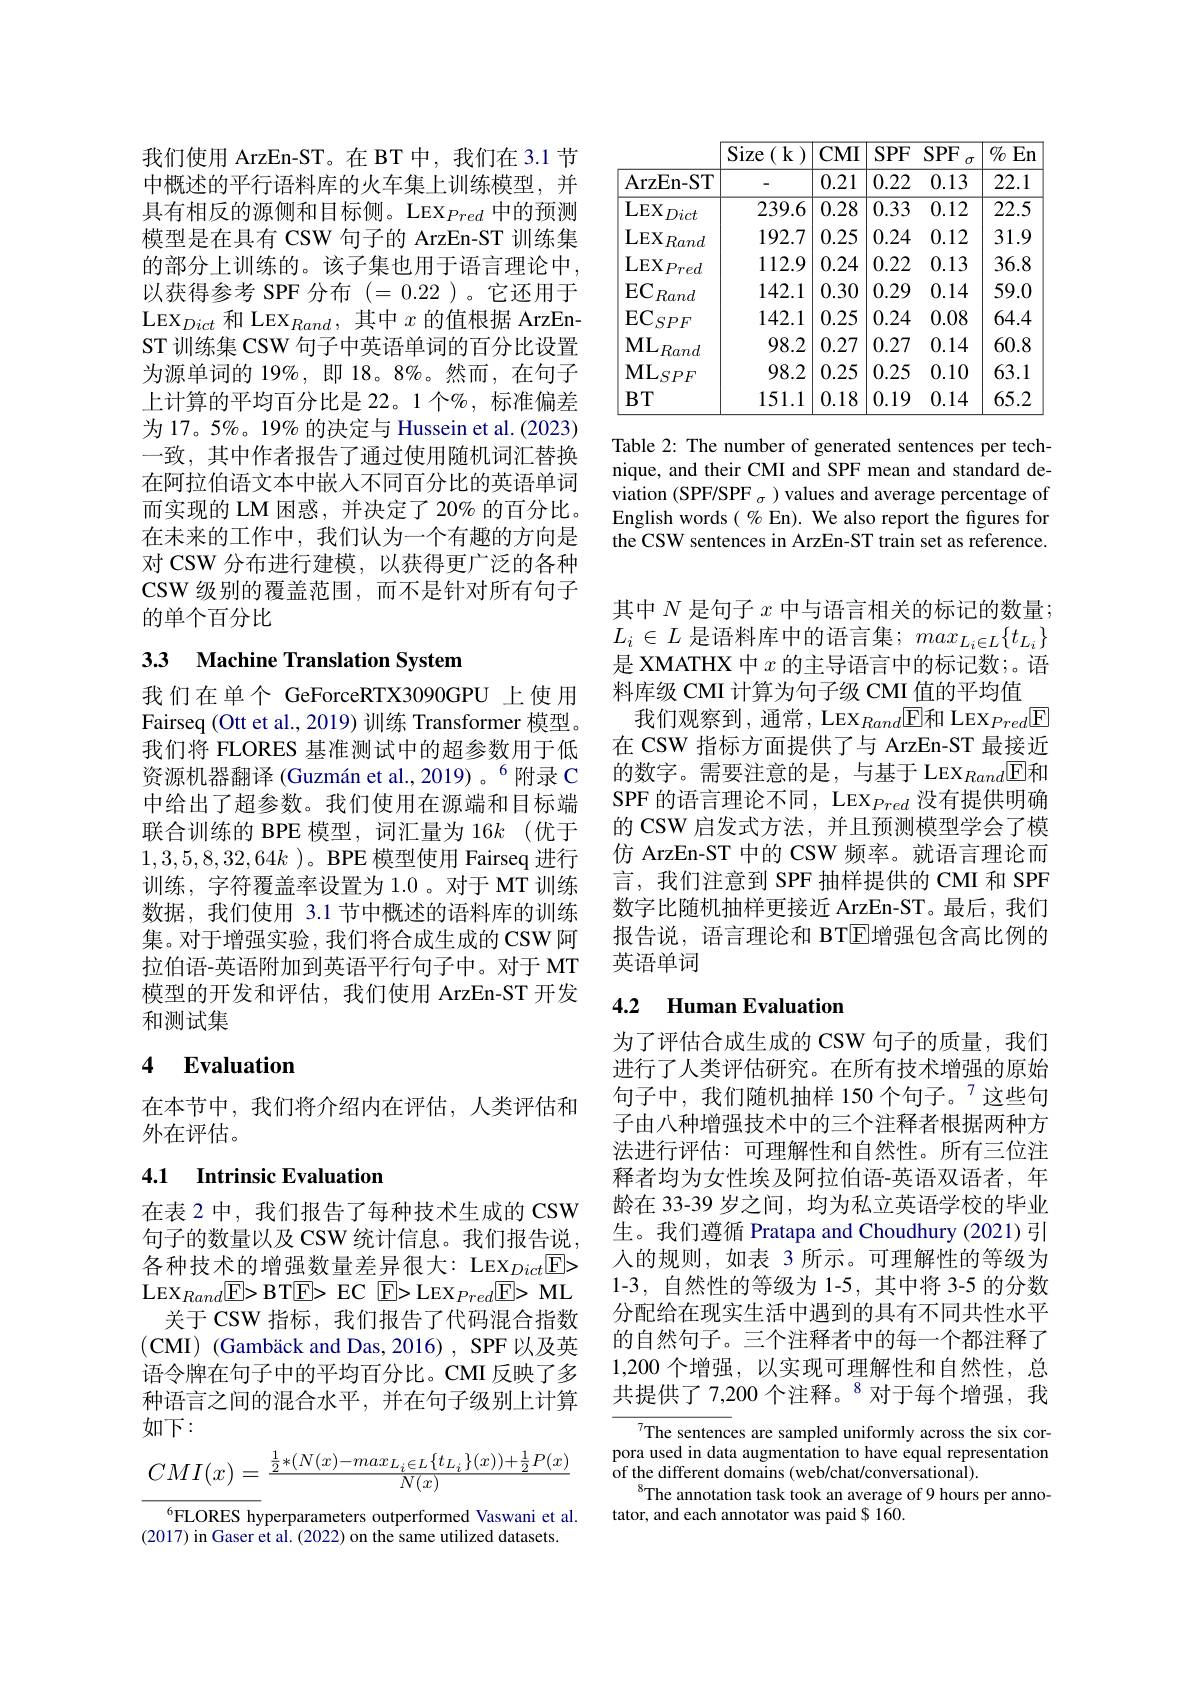
我们使用 ArzEn-ST。在 BT 中，我们在 3.1 节中概述的平行语料库的火车集上训练模型，并具有相反的源侧和目标侧。LEX$_Pred$中的预测模型是在具有 CSW 句子的 ArzEn-ST 训练集的部分上训练的。该子集也用于语言理论中， 以获得参考 SPF 分布(=0.22 )。它还用于$\mathrm{LEX}_{Dict}$和 LEX$_Rand$,其中$x$的值根据 ArzEnST 训练集 CSW 句子中英语单词的百分比设置为源单词的 19%,即 18。8%。然而，在句子上计算的平均百分比是 22。1 个$\sigma_\mathrm{o}$, 标准偏差为 17。5%。19% 的决定与 Hussein et al.(2023) 一致，其中作者报告了通过使用随机词汇替换在阿拉伯语文本中嵌入不同百分比的英语单词而实现的 LM 困惑，并决定了 20% 的百分比。在未来的工作中，我们认为一个有趣的方向是对 CSW 分布进行建模，以获得更广泛的各种CSW 级别的覆盖范围，而不是针对所有句子的单个百分比

## 33 Machine Translation System

我们在单个 GeForceRTX3090GPU 上使用Fairseq (Ott et al., 2019) 训练 Transformer 模型。我们将 FLORES 基准测试中的超参数用于低资源机器翻译 (Guzmán et al.,2019)。$^{6}$附录 C 中给出了超参数。我们使用在源端和目标端联合训练的 BPE 模型，词汇量为 16$k$ (优于$1,3,5,8,32,64k$ )。BPE 模型使用 Fairseq 进行训练，字符覆盖率设置为 1.0。对于 MT 训练数据，我们使用 3.1 节中概述的语料库的训练集。对于增强实验，我们将合成生成的 CSW 阿拉伯语-英语附加到英语平行句子中。对于 MT 模型的开发和评估，我们使用 ArzEn-ST 开发和测试集

## 4 $\textbf{Evaluation}$

在本节中，我们将介绍内在评估，人类评估和
外在评估。

## 4.1 Intrinsic Evaluation

在表 2 中，我们报告了每种技术生成的 CSW 句子的数量以及 CSW 统计信息。我们报告说， 各种技术的增强数量差异很大：LEX$_Dict\boxed{\mathrm{F}}>$ $\mathrm{LEX}_{Rand}$E>BT$\boxed{\mathrm{E}}>$EC$\boxed{\mathrm{E}}>$LEX$_Pred\boxed{\mathrm{E}}>$ML
关于 CSW 指标，我们报告了代码混合指数(CMI) (Gambäck and Das, 2016) , SPF 以及英语令牌在句子中的平均百分比。CMI 反映了多种语言之间的混合水平，并在句子级别上计算如下：
$$CMI(x)=\frac{\frac{1}{2}*(N(x)-max_{L_i\in L}\{t_{L_i}\}(x))+\frac{1}{2}P(x)}{N(x)}$$
$^6$FLORES hyperparameters outperformed Vaswani et al. (2017) in Gaser et al. (2022) on the same utilized datasets.

<table>
	<tbody>
		<tr>
			<th> </th>
			<th>Size (k</th>
			<th>$CMI$</th>
			<th>$SPF$</th>
			<th>$SPF$ $\sigma$</th>
			<th>$0//o$ En</th>
		</tr>
		<tr>
			<td>ArzEn- ST</td>
			<td> </td>
			<td>0.21</td>
			<td>0.22</td>
			<td>0.13</td>
			<td>22.1</td>
		</tr>
		<tr>
			<td>$LEX$ Dict</td>
			<td>239.6</td>
			<td>0.28</td>
			<td>0.33</td>
			<td>0.12</td>
			<td>22.5</td>
		</tr>
		<tr>
			<td>$LEX$ Rand</td>
			<td>192.7</td>
			<td>0.25</td>
			<td>0.24</td>
			<td>0.12</td>
			<td>31.9 </td>
		</tr>
		<tr>
			<td>$\mathrm{LEX}_{Pred}$</td>
			<td>112.9</td>
			<td>0.24</td>
			<td>0.22</td>
			<td>0.13</td>
			<td>36.8</td>
		</tr>
		<tr>
			<td>$EC$ Rand</td>
			<td>142.1</td>
			<td>0.30</td>
			<td>0.29</td>
			<td>0.14</td>
			<td>59.0</td>
		</tr>
		<tr>
			<td>$EC$, $SPF$</td>
			<td>142.1</td>
			<td>0.25</td>
			<td>0.24</td>
			<td>0.08</td>
			<td>64.4</td>
		</tr>
		<tr>
			<td>$ML$ $B$ $2and$</td>
			<td>98.2</td>
			<td>0.27</td>
			<td>0.27</td>
			<td>0.14</td>
			<td>60.8</td>
		</tr>
		<tr>
			<td>$\mathbf{ML}_{SPF}$</td>
			<td>98.2</td>
			<td>0.25</td>
			<td>0.25</td>
			<td>0.10</td>
			<td>63.1</td>
		</tr>
		<tr>
			<td>$BT$</td>
			<td>151.1</td>
			<td>0.18</td>
			<td>0.19</td>
			<td>0.14</td>
			<td>65.2</td>
		</tr>
	</tbody>
</table>

Table 2: The number of generated sentences per technique, and their CMI and SPF mean and standard deviation (SPF/SPF $_\sigma)$ values and average percentage of English words ( % En). We also report the figures for the CSW sentences in ArzEn-ST train set as reference.

其中$N$是句子$x$中与语言相关的标记的数量； $L_i\in L$是语料库中的语言集；$max_L_i\in L\{t_{L_i}\}$ 是 XMATHX 中$x$的主导语言中的标记数；。语料库级 CMI 计算为句子级 CMI 值的平均值
我们观察到，通常，LEX$_{Rand}$E和 LEX$_{Pred}$E 在 CSW 指标方面提供了与 ArzEn-ST 最接近的数字。需要注意的是，与基于 LEX$_Rand$▣和SPF 的语言理论不同，LEX$_{Pred}$没有提供明确的 CSW 启发式方法，并且预测模型学会了模仿 ArzEn-ST 中的 CSW 频率。就语言理论而言，我们注意到 SPF 抽样提供的 CMI 和 SPF 数字比随机抽样更接近 ArzEn-ST。最后，我们报告说，语言理论和 BT$\boxed{\mathrm{E}}$增强包含高比例的英语单词

## 4.2 Human Evaluation

为了评估合成生成的 CSW 句子的质量，我们进行了人类评估研究。在所有技术增强的原始句子中，我们随机抽样 150 个句子。$^{7}$这些句子由八种增强技术中的三个注释者根据两种方法进行评估：可理解性和自然性。所有三位注释者均为女性埃及阿拉伯语-英语双语者，年龄在 33-39 岁之间，均为私立英语学校的毕业生。我们遵循 Pratapa and Choudhury(2021)引入的规则，如表 3 所示。可理解性的等级为1-3,自然性的等级为 1-5,其中将 3-5 的分数分配给在现实生活中遇到的具有不同共性水平的自然句子。三个注释者中的每一个都注释了1,200 个增强，以实现可理解性和自然性，总共提供了 7,200 个注释。$^{8}$对于每个增强，我

${\overline{7}\text{The sentenc}}$es are sampled uniformly across the six corpora used in data augmentation to have equal representation of the different domains (web/chat/conversational).
$^{8}$The annotation task took an average of 9 hours per anno-
tator, and each annotator was paid $ 160.